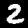
Label: 2